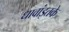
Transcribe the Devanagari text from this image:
धावांइतके